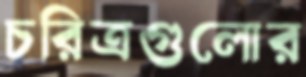
চরিত্রগুলোর